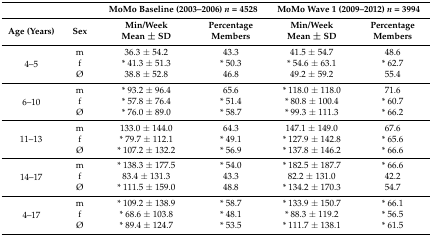
|  |  | <COLSPAN=2> MoMo Baseline (2003–2006) n = 4528 | <COLSPAN=2> MoMo Wave 1 (2009–2012) n = 3994 |
 | Age (Years) | Sex | Min/WeekMean ± SD | Percentage Members | Min/WeekMean ± SD | Percentage Members |
 | --- | --- | --- | --- | --- | --- |
 | <ROWSPAN=3> 4–5 | m | 36.3 ± 54.2 | 43.3 | 41.5 ± 54.7 | 48.6 |
 | f | * 41.3 ± 51.3 | * 50.3 | * 54.6 ± 63.1 | * 62.7 |
 | Ø | 38.8 ± 52.8 | 46.8 | 49.2 ± 59.2 | 55.4 |
 | <ROWSPAN=3> 6–10 | m | * 93.2 ± 96.4 | 65.6 | * 118.0 ± 118.0 | 71.6 |
 | f | * 57.8 ± 76.4 | * 51.4 | * 80.8 ± 100.4 | * 60.7 |
 | Ø | * 76.0 ± 89.0 | * 58.7 | * 99.3 ± 111.3 | * 66.2 |
 | <ROWSPAN=3> 11–13 | m | 133.0 ± 144.0 | 64.3 | 147.1 ± 149.0 | 67.6 |
 | f | * 79.7 ± 112.1 | * 49.1 | * 127.9 ± 142.8 | * 65.6 |
 | Ø | * 107.2 ± 132.2 | * 56.9 | * 137.8 ± 146.2 | * 66.6 |
 | <ROWSPAN=3> 14–17 | m | * 138.3 ± 177.5 | * 54.0 | * 182.5 ± 187.7 | * 66.6 |
 | f | 83.4 ± 131.3 | 43.3 | 82.2 ± 131.0 | 42.2 |
 | Ø | * 111.5 ± 159.0 | 48.8 | * 134.2 ± 170.3 | 54.7 |
 | <ROWSPAN=3> 4–17 | m | * 109.2 ± 138.9 | * 58.7 | * 133.9 ± 150.7 | * 66.1 |
 | f | * 68.6 ± 103.8 | * 48.1 | * 88.3 ± 119.2 | * 56.5 |
 | Ø | * 89.4 ± 124.7 | * 53.5 | * 111.7 ± 138.1 | * 61.5 |